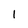
Character: 1